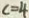
c = 4